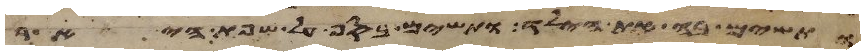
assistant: ותשם בה את הילד ותשם בסף על שפת היאר